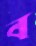
ব